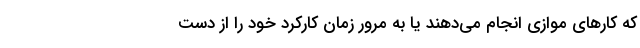
که کارهای موازی انجام می‌دهند یا به مرور زمان کارکرد خود را از دست